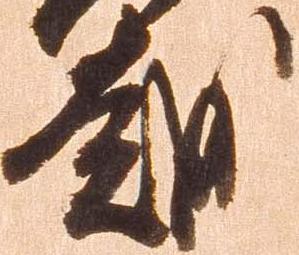
越